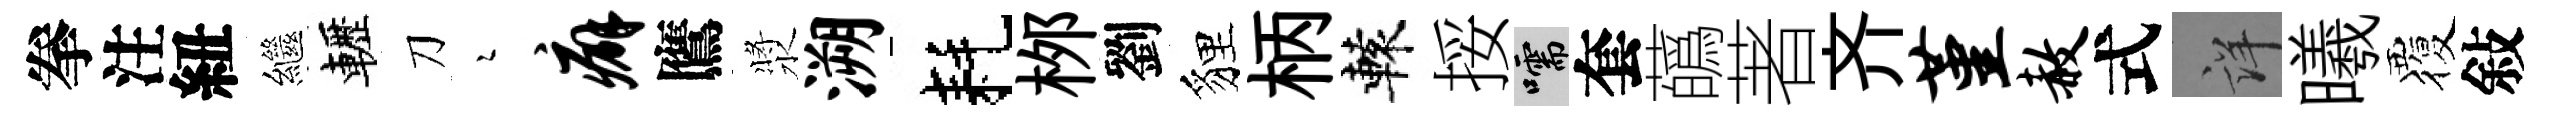
拳注紐繼轣刀瑟癖鷹漿溯耗桞劉貍柄轅挼嚅套蘤著齐堇赦式詳曦覆敍